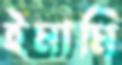
ইমামি